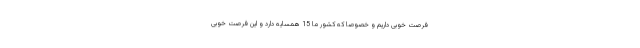
فرصت خوبی داریم و خصوصا که کشور ما 15 همسایه دارد و این فرصت خوبی